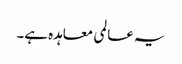
یہ عالمی معاہدہ ہے۔